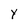
Character: Y